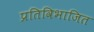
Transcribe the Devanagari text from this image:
प्रतिविभाजित